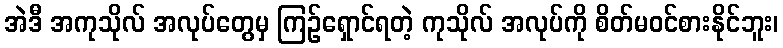
အဲဒီ အကုသိုလ် အလုပ်တွေမှ ကြဉ်ရှောင်ရတဲ့ ကုသိုလ် အလုပ်ကို စိတ်မဝင်စားနိုင်ဘူး၊